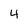
Character: 4